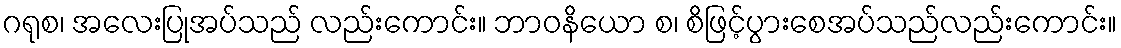
ဂရုစ၊ အလေးပြုအပ်သည် လည်းကောင်း။ ဘာဝနိယော စ၊ စိဖြင့်ပွားစေအပ်သည်လည်းကောင်း။